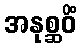
အနုစ္ဆဝိံ